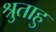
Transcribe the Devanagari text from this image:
श्रुताहु